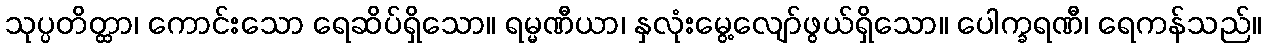
သုပ္ပတိတ္ထာ၊ ကောင်းသော ရေဆိပ်ရှိသော။ ရမ္မဏီယာ၊ နှလုံးမွေ့လျော်ဖွယ်ရှိသော။ ပေါက္ခရဏီ၊ ရေကန်သည်။